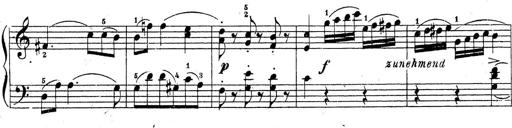
Title: 10 Sonatinas
Composer: Fritz Spindler